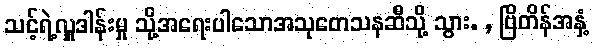
သင့်ရဲ့လှူဒါန်းမှု သို့အရေးပါသောအသုတေသနဆီသို့ သွား. , ဗြိတိန်အနှံ့